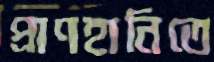
প্রাণহানিতে